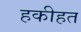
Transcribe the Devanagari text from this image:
हकीहत